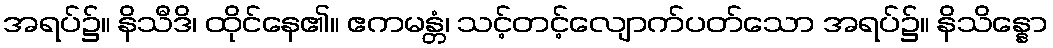
အရပ်၌။ နိသီဒိ၊ ထိုင်နေ၏။ ဧကမန္တံ၊ သင့်တင့်လျောက်ပတ်သော အရပ်၌။ နိသိန္နော